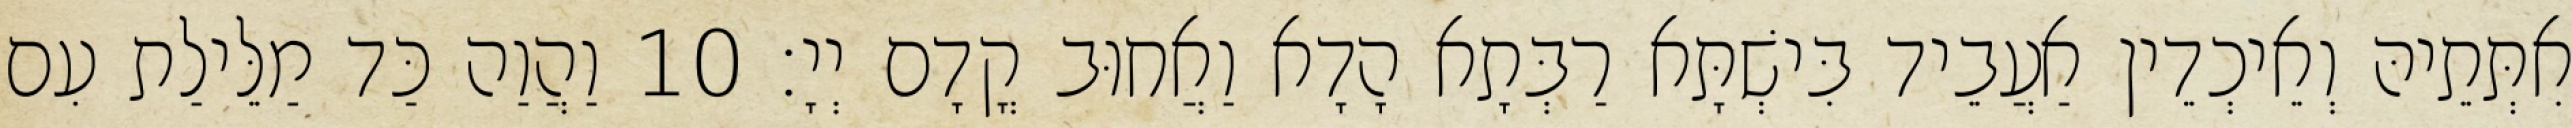
אִתְּתֵיהּ וְאֵיכְדֵין אַעֲבֵיד בִּישְׁתָּא רַבְּתָא הָדָא וַאֲחוּב קֳדָם יְיָ׃ 10 וַהֲוַה כַּד מַלֵּילַת עִם